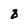
Character: 8